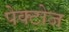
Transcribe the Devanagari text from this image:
पेक्टोज